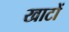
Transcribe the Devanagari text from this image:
खाटों